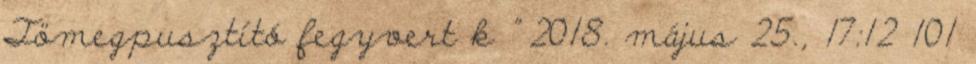
Tömegpusztító fegyvert k ” 2018. május 25., 17:12 ‎101